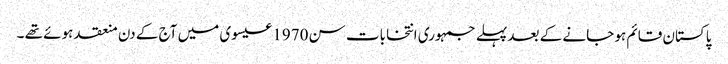
پاکستان قائم ہو جانے کے بعد پہلے جمہوری انتخابات سن 1970 عیسوی میں آج کے دن منعقد ہوئے تھے ۔